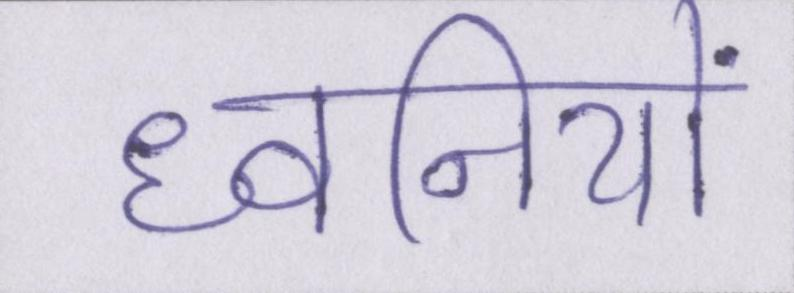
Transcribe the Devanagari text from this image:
ध्वनियों